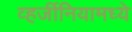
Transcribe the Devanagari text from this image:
व्हर्जीनियामध्ये